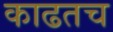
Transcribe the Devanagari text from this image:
काढतच